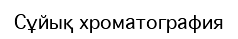
Сұйық хроматография